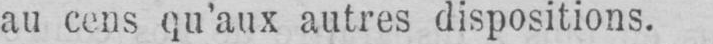
au cens qu’aux autres dispositions.